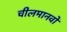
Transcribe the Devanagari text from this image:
चीलमानवों